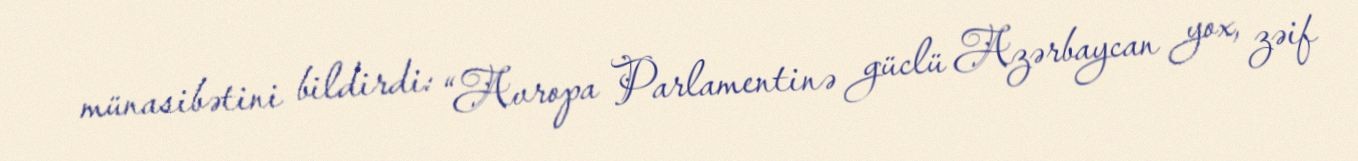
münasibətini bildirdi: “Avropa Parlamentinə güclü Azərbaycan yox, zəif